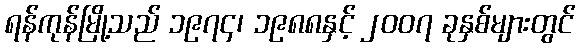
ရန်ကုန်မြို့သည် ၁၉၇၄၊ ၁၉၈၈နှင့် ၂၀၀၇ ခုနှစ်များတွင်